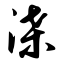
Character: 渫